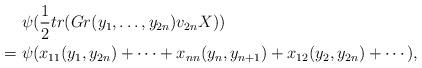
LaTeX: \begin{align*} & \ \psi(\frac{1}{2} tr(Gr(y_1, \ldots, y_{2n})v_{2n}X)) \\= & \ \psi(x_{11} (y_1, y_{2n}) + \cdots + x_{nn} (y_n, y_{n+1}) + x_{12} (y_2, y_{2n}) + \cdots),\end{align*}